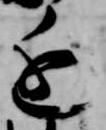
進